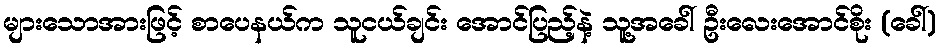
များသောအားဖြင့် စာပေနယ်က သူငယ်ချင်း အောင်ပြည့်နဲ့ သူ့အခေါ် ဦးလေးအောင်စိုး (ခေါ်)